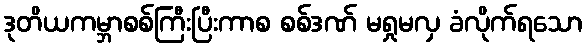
ဒုတိယကမ္ဘာစစ်ကြီးပြီးကာစ စစ်ဒဏ် မရှုမလှ ခံလိုက်ရသော